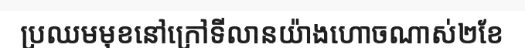
ប្រឈមមុខនៅក្រៅទីលានយ៉ាងហោចណាស់២ខែ